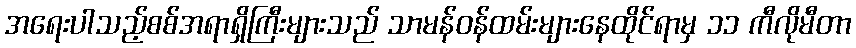
အရေးပါသည့်စစ်အရာရှိကြီးများသည် သာမန်ဝန်ထမ်းများနေထိုင်ရာမှ ၁၁ ကီလိုမီတာ